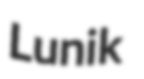
Lunik